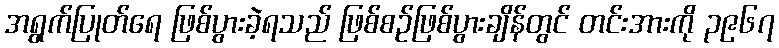
အရွက်ပြုတ်ရေ ဖြစ်ပွားခဲ့ရသည် ဖြစ်စဉ်ဖြစ်ပွားချိန်တွင် တင်းအားကို ၃၉၆၇